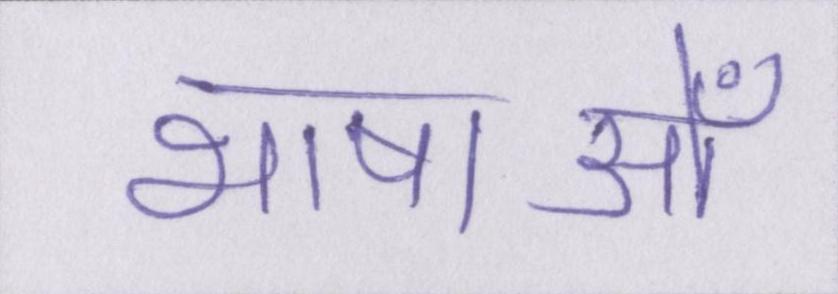
भाषाओँ